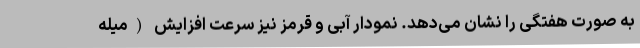
به صورت هفتگی را نشان می‌دهد. نمودار آبی و قرمز نیز سرعت افزایش (میله